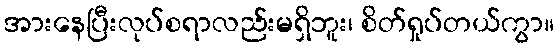
အားနေပြီးလုပ်စရာလည်းမရှိဘူး၊ စိတ်ရှုပ်တယ်ကွာ။